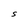
Character: S